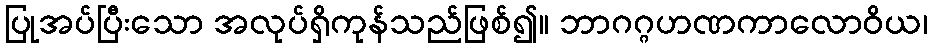
ပြုအပ်ပြီးသော အလုပ်ရှိကုန်သည်ဖြစ်၍။ ဘာဂဂ္ဂဟဏကာလောဝိယ၊